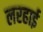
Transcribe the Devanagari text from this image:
लरहाई